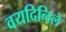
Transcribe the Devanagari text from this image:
वयदिनिले